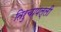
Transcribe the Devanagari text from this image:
तिरुचापल्ली